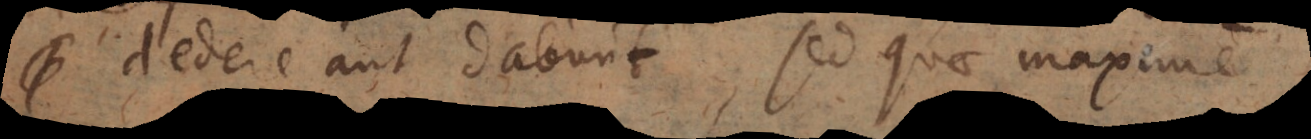
dedere aut dabunt, sed quae maxime